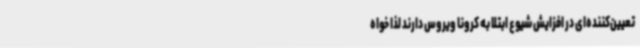
تعیین‌کننده‌ای در افزایش شیوع ابتلا به کرونا ویروس دارند لذا خواه